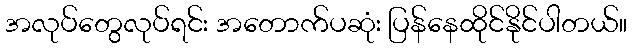
အလုပ်တွေလုပ်ရင်း အတောက်ပဆုံး ပြန်နေထိုင်နိုင်ပါတယ်။